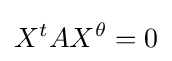
X^{t}AX^{\theta }=0